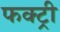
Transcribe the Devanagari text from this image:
फक्ट्री